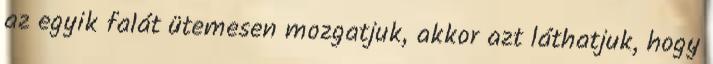
az egyik falát ütemesen mozgatjuk, akkor azt láthatjuk, hogy